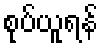
စုပ်ယူရန်